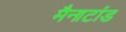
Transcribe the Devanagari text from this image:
मैनाटांड